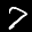
Label: 7